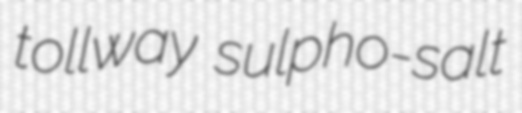
tollway sulpho-salt